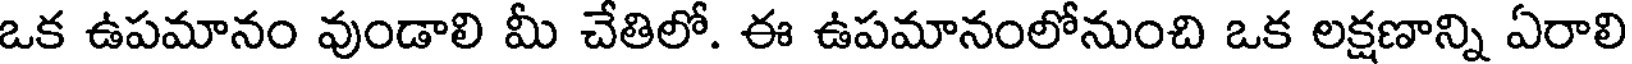
ఒక ఉపమానం వుండాలి మీ చేతిలో. ఈ ఉపమానంలోనుంచి ఒక లక్షణాన్ని ఏరాలి